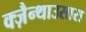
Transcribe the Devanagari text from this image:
क्ज़ैन्थाउसास